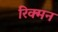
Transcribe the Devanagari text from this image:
रिक्मन